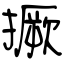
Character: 撅